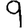
Digit: 9